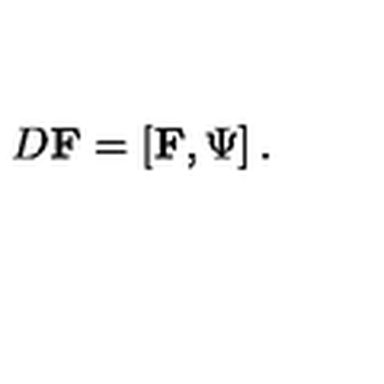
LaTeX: D \mathrm { { \bf F } } = \left[ \mathrm { { \bf F } } , \Psi \right] .